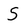
Character: S